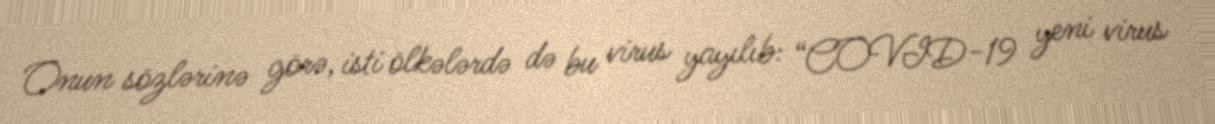
Onun sözlərinə görə, isti ölkələrdə də bu virus yayılıb: “COVID-19 yeni virus